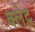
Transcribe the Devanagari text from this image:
क्‍लेद